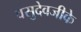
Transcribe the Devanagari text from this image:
वसुदेवजीके